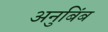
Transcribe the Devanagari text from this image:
अनुबिंब